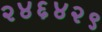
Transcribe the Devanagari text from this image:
२४६४२९